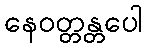
နေဝတ္တန္တပေါ